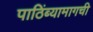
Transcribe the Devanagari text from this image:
पाठिंब्यामागची